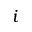
i